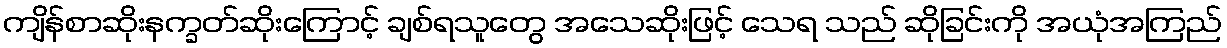
ကျိန်စာဆိုးနက္ခတ်ဆိုးကြောင့် ချစ်ရသူတွေ အသေဆိုးဖြင့် သေရ သည် ဆိုခြင်းကို အယုံအကြည်